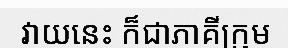
វាយនេះ ក៏ជាភាគីក្រុម